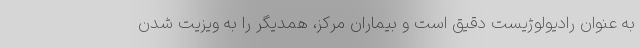
به عنوان رادیولوژیست دقیق است و بیماران مرکز، همدیگر را به ویزیت شدن